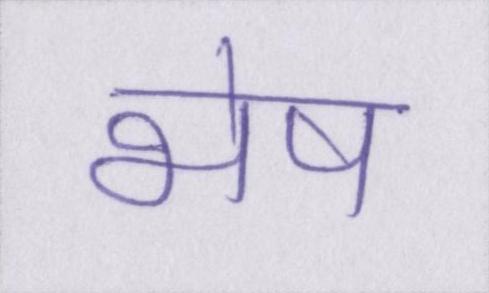
भेष